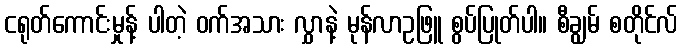
ငရုတ်ကောင်းမှုန့် ပါတဲ့ ဝက်အသား လွှာနဲ့ မုန်လာဥဖြူ စွပ်ပြုတ်ပါ။ စီချွမ် စတိုင်လ်